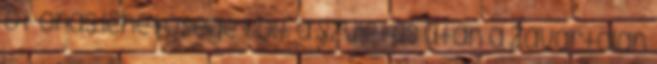
öt órás lehetõsége volt a születés után a zavartalan